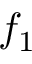
f _ { 1 }